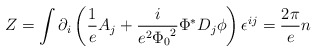
\begin{align*}Z = \int \partial_i\left(\frac{1}{e}A_j + \frac{i}{e^2{\Phi_0}^2}{\Phi}^*D_j\phi \right)\epsilon^{ij} = \frac{2\pi}{e}n\end{align*}